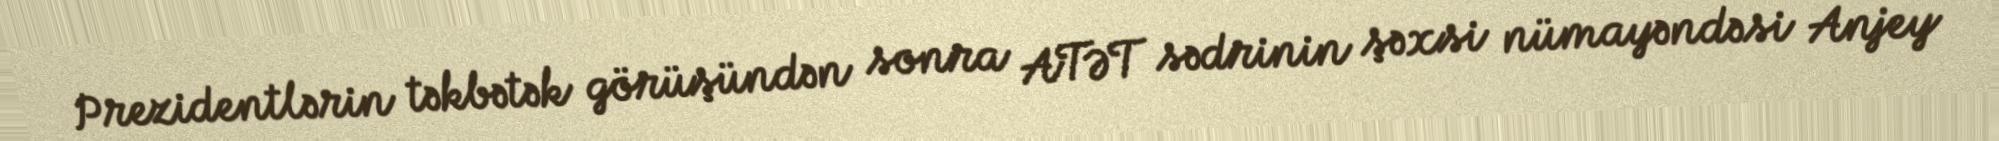
Prezidentlərin təkbətək görüşündən sonra ATƏT sədrinin şəxsi nümayəndəsi Anjey